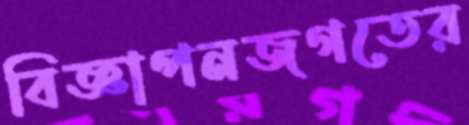
বিজ্ঞাপনজগতের